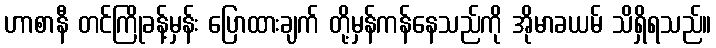
ဟာစာနီ တင်ကြိုခန့်မှန်း ပြောထားချက် တို့မှန်ကန်နေသည်ကို အိုမာခယမ် သိရှိရသည်။